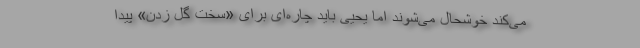
می‌کند خوشحال می‌شوند اما یحیی باید چاره‌ای برای «سخت گل زدن» پیدا